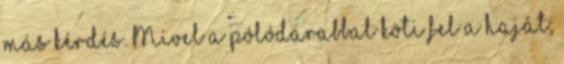
más kérdés. Mivel a pólódarabbal köti fel a haját,